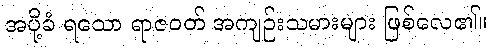
အပို့ခံ ရသော ရာဇဝတ် အကျဉ်းသမားများ ဖြစ်လေ၏။